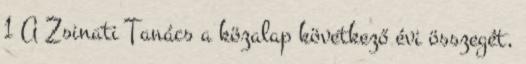
1 A Zsinati Tanács a közalap következő évi összegét,